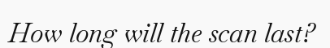
How long will the scan last?